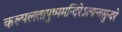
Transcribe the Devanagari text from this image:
कल्पलतापुष्पमन्दिरेऽत्यन्तसुन्दरे